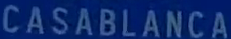
CASABLANCA